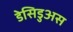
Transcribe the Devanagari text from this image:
डेसिडुअस